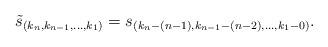
LaTeX: \begin{align*}\tilde{s}_{(k_n,k_{n-1},\ldots,k_1)} = s_{(k_n-(n-1),k_{n-1}-(n-2),\ldots,k_1-0)}.\end{align*}